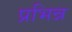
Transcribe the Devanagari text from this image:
प्रभिन्न